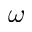
\omega